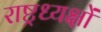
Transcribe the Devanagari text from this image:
राष्ट्रध्यक्षों